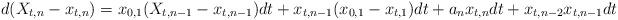
LaTeX: \begin{align*}d(X_{t,n} - x_{t,n}) = x_{0,1}(X_{t,n-1} - x_{t,n-1})dt + x_{t,n-1}(x_{0,1} - x_{t,1})dt + a_n x_{t,n}dt + x_{t,n-2}x_{t,n-1}dt\end{align*}